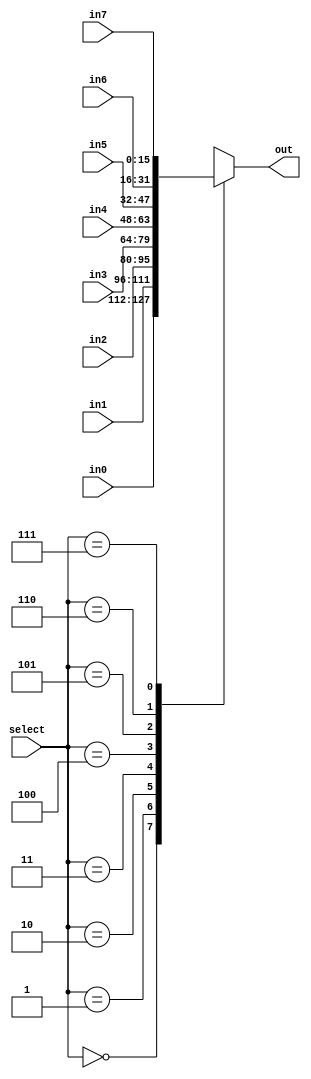
`timescale 1ns/1ps
`define WORD_WIDTH 16

/*
 * Address Multiplexer (8:1)
 * 0: learnCost
 * 1: amISink
 * 2: fixSinkList
 * 3: neighborSinkInOtherCluster
 * 4: findMyBest
 * 5: betterNeighborsInMyCluster
 * 6: winnerPolicy
 * 7: selectMyAction
 */

module mux_16bit(select, out, in0, in1, in2, in3, in4, in5, in6, in7);
	input[2:0] select;
	input[`WORD_WIDTH-1:0] in0, in1, in2, in3, in4, in5, in6, in7;
	output[`WORD_WIDTH-1:0] out;

	reg [`WORD_WIDTH-1:0] out_buf;

	always @(*) begin
		case(select)
			0 : out_buf = in0;
			1 : out_buf = in1;
			2 : out_buf = in2;
			3 : out_buf = in3;
			4 : out_buf = in4;
			5 : out_buf = in5;
			6 : out_buf = in6;
			7 : out_buf = in7;
		endcase
	end
	assign out = out_buf;
endmodule